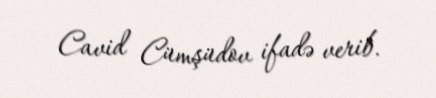
Cavid Cümşüdov ifadə verib.